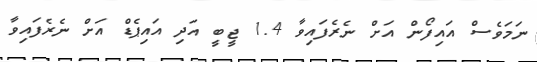
ނަމަވެސް އައިފޯން އަށް ނެރެފައިވާ 1.4 ޖީބީ އަދި އައިޕެޑް އަށް ނެރެފައިވާ